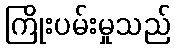
ကြိုးပမ်းမှုသည်